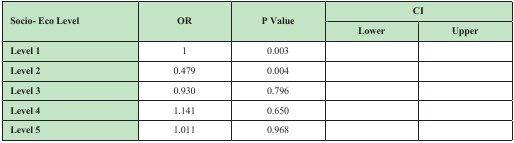
<table><thead><tr><td rowspan="2"><b>Socio- EcoLevel</b></td><td rowspan="2"><b>OR</b></td><td rowspan="2"><b>P Value</b></td><td colspan="2"><b>CI</b></td></tr><tr><td><b>Lower</b></td><td><b>Upper</b></td></tr></thead><tbody><tr><td><b>Level 1</b></td><td>1</td><td>0.003</td><td>[EMPTY_CELL]</td><td>[EMPTY_CELL]</td></tr><tr><td><b>Level 2</b></td><td>0.479</td><td>0.004</td><td>[EMPTY_CELL]</td><td>[EMPTY_CELL]</td></tr><tr><td><b>Level 3</b></td><td>0.930</td><td>0.796</td><td>[EMPTY_CELL]</td><td>[EMPTY_CELL]</td></tr><tr><td><b>Level 4</b></td><td>1.141</td><td>0.650</td><td>[EMPTY_CELL]</td><td>[EMPTY_CELL]</td></tr><tr><td><b>Level 5</b></td><td>1.011</td><td>0.968</td><td>[EMPTY_CELL]</td><td>[EMPTY_CELL]</td></tr></tbody></table>